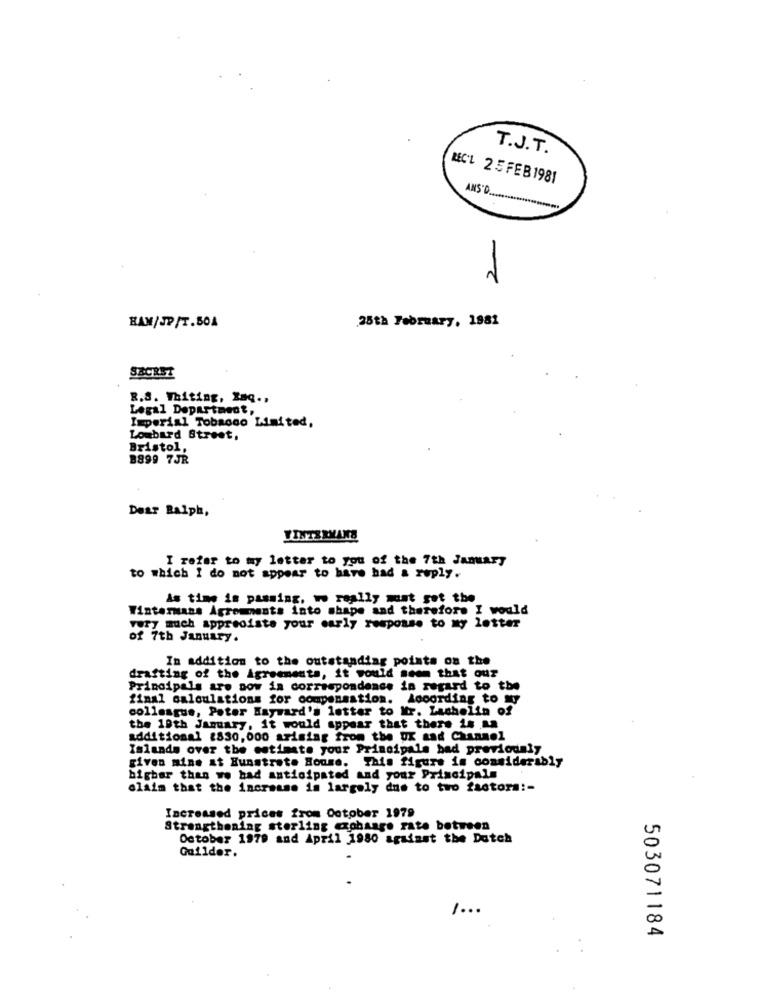
T.J.T.
LEC'L 2 5 FEB 1981
ANS'D ..............
2
25th February, 1981
HAM/JP/T.BOA
SECRET
R.S. Whiting, Raq .,
Legal Department,
Imperial Tobacco Limited,
Lombard Street,
Bristol,
8899 7JR
Dear Ralph,
VINTERMANS
I refer to my letter to you of the 7th January
to which I do not appear to have had a reply.
As time is passing, w really maat got the
Wintermans Agreements into shape and therefore I would
very much appreciate your early response to my letter
of 7th January.
In addition to the outstanding points on the
drafting of the Agreements, it would seem that our
Principals are now in correspondance in regard to the
final calculations for compensation. According to My
colleague, Poter Hayward's letter to Mr. Lashelin of
the 10th January, it would appear that there is an
additional 2830,000 arising from the UX and Channel
Islands over the estimate your Principale had previously
given mine at Hunstrate House. This figure is considerably
higher than we had anticipated and your Principals
claim that the increase in largely due to two factora :-
Increased prices from October 1979
Strengthening sterling exchange rate between
October 1979 and April 1980 against the Dutch
Guilder.
1.00
503071184